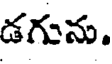
డగును.